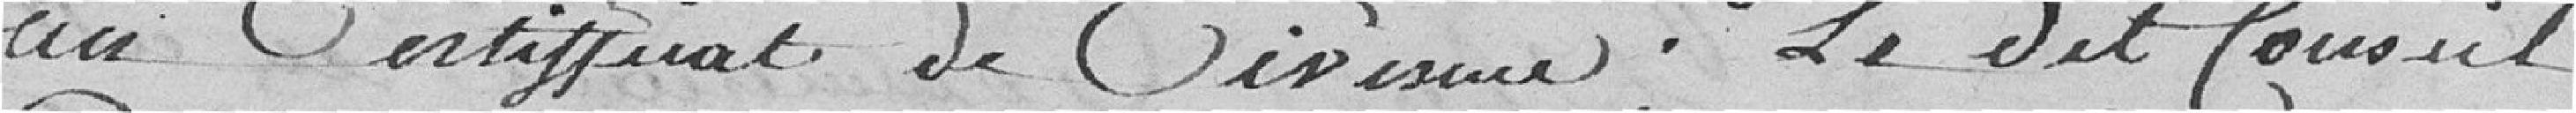
au certificat de civisme; le dit conseil